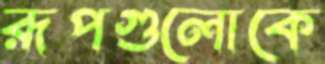
রূপগুলোকে